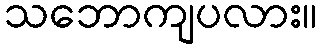
သဘောကျပလား။